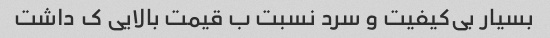
بسیار بی‌کیفیت و سرد نسبت ب قیمت بالایی ک داشت